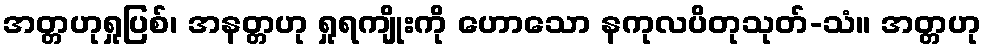
အတ္တဟုရှုပြစ်၊ အနတ္တဟု ရှုရကျိုးကို ဟောသော နကုလပိတုသုတ်-သံ။ အတ္တဟု